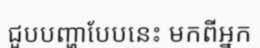
ជួបបញ្ហាបែបនេះ មកពីអ្នក